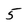
Character: 5